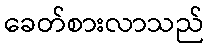
ခေတ်စားလာသည်